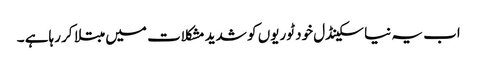
اب یہ نیا سکینڈل خود ٹوریوں کو شدید مشکلات میں مبتلا کر رہاہے ۔